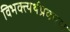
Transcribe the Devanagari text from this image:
विभक्त्यर्थप्रकरण